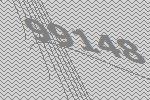
99148